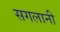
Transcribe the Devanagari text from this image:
सगलानी